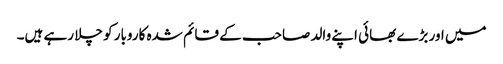
میں اور بڑے بھائی اپنے والد صاحب کے قائم شدہ کاروبار کو چلا رہے ہیں۔